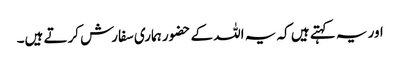
اور یہ کہتے ہیں کہ یہ اللہ کے حضور ہماری سفارش کرتے ہیں۔